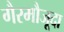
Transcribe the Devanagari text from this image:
गैरमौजूदा